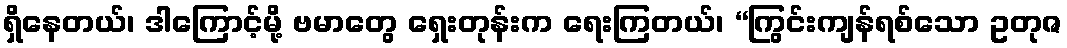
ရှိနေတယ်၊ ဒါကြောင့်မို့ ဗမာတွေ ရှေးတုန်းက ရေးကြတယ်၊ “ကြွင်းကျန်ရစ်သော ဥတုဇ